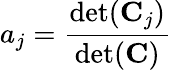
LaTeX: a_{j}=\frac{\operatorname*{det}(\mathbf{C}_{j})}{\operatorname*{det}(\mathbf{C})}